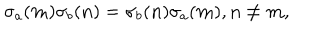
\sigma _ { a } ( { \bf m } ) \sigma _ { b } ( { \bf n } ) = \sigma _ { b } ( { \bf n } ) \sigma _ { a } ( { \bf m } ) , { \bf n } \neq { \bf m } ,